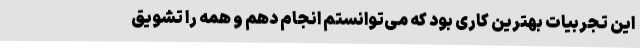
این تجربیات بهترین کاری بود که می‌توانستم انجام دهم و همه را تشویق